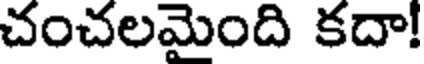
చంచలమైంది కదా!